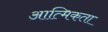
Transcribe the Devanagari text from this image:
आत्मिकता